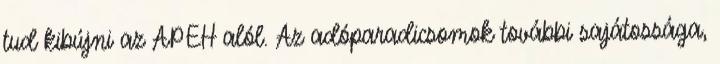
tud kibújni az APEH alól. Az adóparadicsomok további sajátossága,